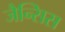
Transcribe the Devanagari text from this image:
जैन्सिस